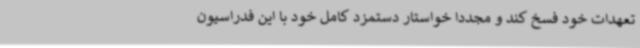
تعهدات خود فسخ کند و مجددا خواستار دستمزد کامل خود با این فدراسیون